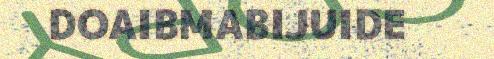
DOAIBMABIJUIDE